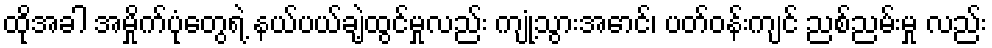
ထိုအခါ အမှိုက်ပုံတွေရဲ့ နယ်ပယ်ချဲ့ထွင်မှုလည်း ကျုံ့သွားအောင်၊ ပတ်ဝန်းကျင် ညစ်ညမ်းမှု လည်း